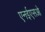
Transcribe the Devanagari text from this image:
एनईएसओ